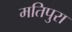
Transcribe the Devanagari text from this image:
मतिपुरा